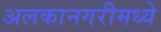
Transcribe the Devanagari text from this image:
अलकानगरीमध्ये